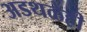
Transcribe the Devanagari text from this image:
अडथळेही